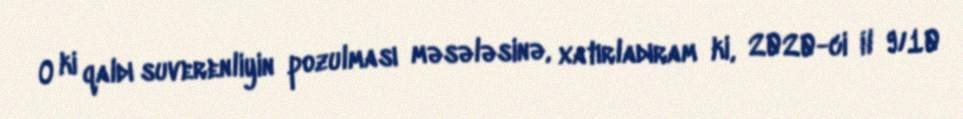
O ki qaldı suverenliyin pozulması məsələsinə, xatırladıram ki, 2020-ci il 9/10